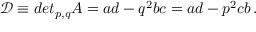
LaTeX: \mathcal { D } \equiv d e t _ { p , q } A = a d - q ^ { 2 } b c = a d - p ^ { 2 } c b \, .